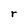
Character: r